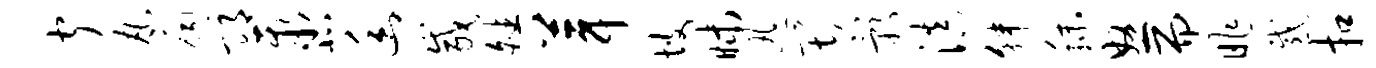
闻丸扃邛聚北幽咸皤葺坡昧迅畏影滇韩秣怒而昨感扣